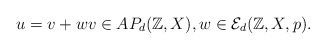
\begin{align*}u = v+w v\in AP_d(\mathbb{Z},X) , w\in\mathcal{E}_d(\mathbb{Z},X,p).\end{align*}